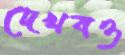
দেখবও